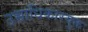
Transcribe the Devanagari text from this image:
उच्चाधिकारयुक्त